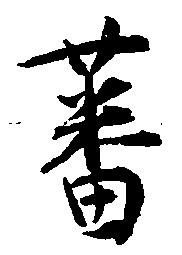
蕃